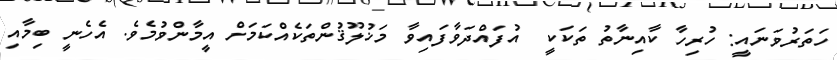
ހަތަރުވަނައީ: ހުރިހާ ކާއިނާތު ތަކަކީ  އުފައްދަވާފައިވާ މަޚުލޫޤުންތަކެއްކަމަށް އީމާންވުމެވެ. އެހެނީ ބިމާއި